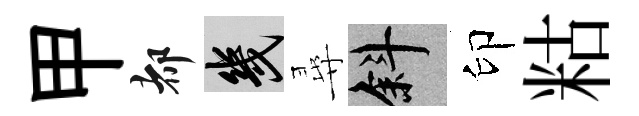
甲都幾尋斜印䊀